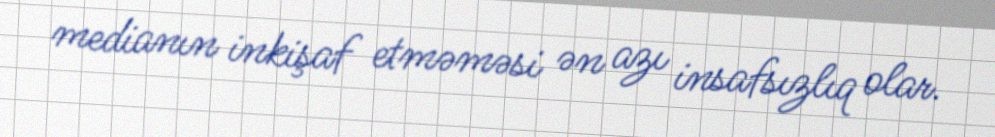
medianın inkişaf etməməsi ən azı insafsızlıq olar.